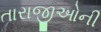
તારાજીઓની